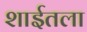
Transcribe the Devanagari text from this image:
शाईतला